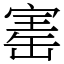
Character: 寚